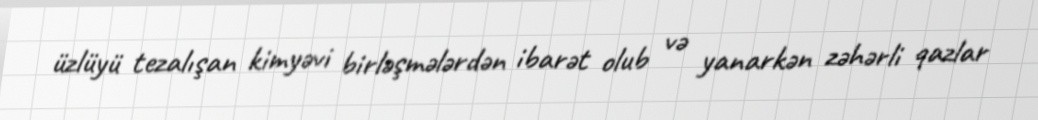
üzlüyü tezalışan kimyəvi birləşmələrdən ibarət olub və yanarkən zəhərli qazlar